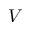
V